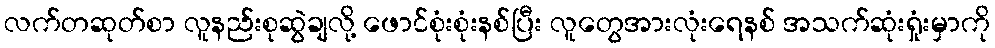
လက်တဆုတ်စာ လူနည်းစုဆွဲချလို့ ဖောင်စုံးစုံးနစ်ပြီး လူတွေအားလုံးရေနစ် အသက်ဆုံးရှုံးမှာကို